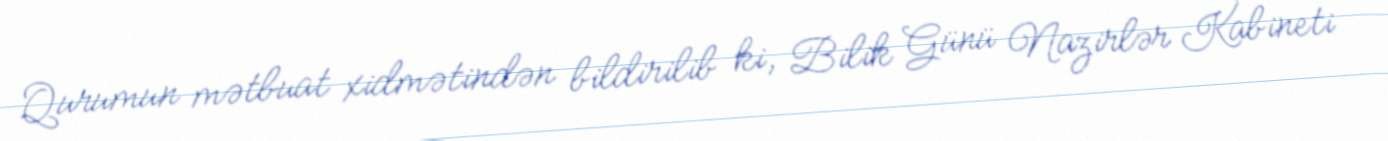
Qurumun mətbuat xidmətindən bildirilib ki, Bilik Günü Nazirlər Kabineti